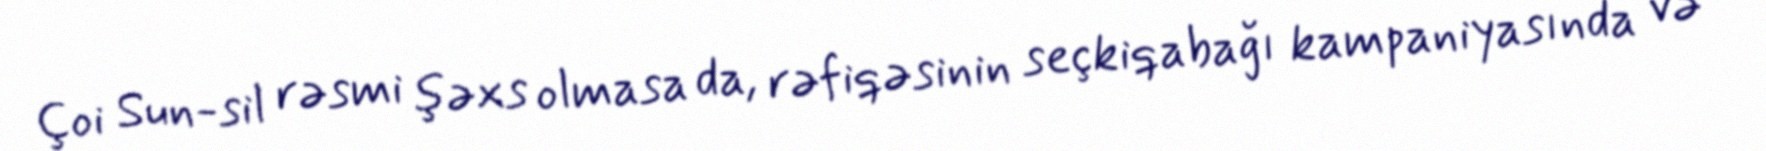
Çoi Sun-sil rəsmi şəxs olmasa da, rəfiqəsinin seçkiqabağı kampaniyasında və